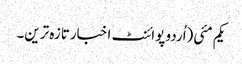
یکم مئی(اُردو پوائنٹ اخبارتازہ ترین۔